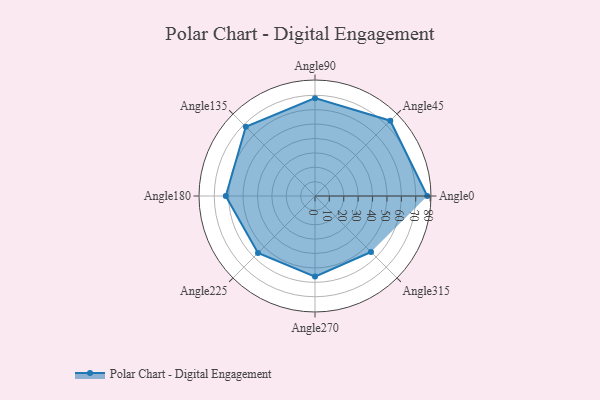
{"axis": {"x": "Angle", "y": "Radius"}, "legend": [""], "data": [{"x": "Angle0", "y": 78.0, "type": ""}, {"x": "Angle45", "y": 74.0, "type": ""}, {"x": "Angle90", "y": 68.0, "type": ""}, {"x": "Angle135", "y": 68.0, "type": ""}, {"x": "Angle180", "y": 62.0, "type": ""}, {"x": "Angle225", "y": 56.0, "type": ""}, {"x": "Angle270", "y": 56.0, "type": ""}, {"x": "Angle315", "y": 55.0, "type": ""}]}